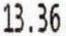
13.36